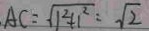
A C = \sqrt { 1 ^ { 2 } + 1 ^ { 2 } } = \sqrt { 2 }